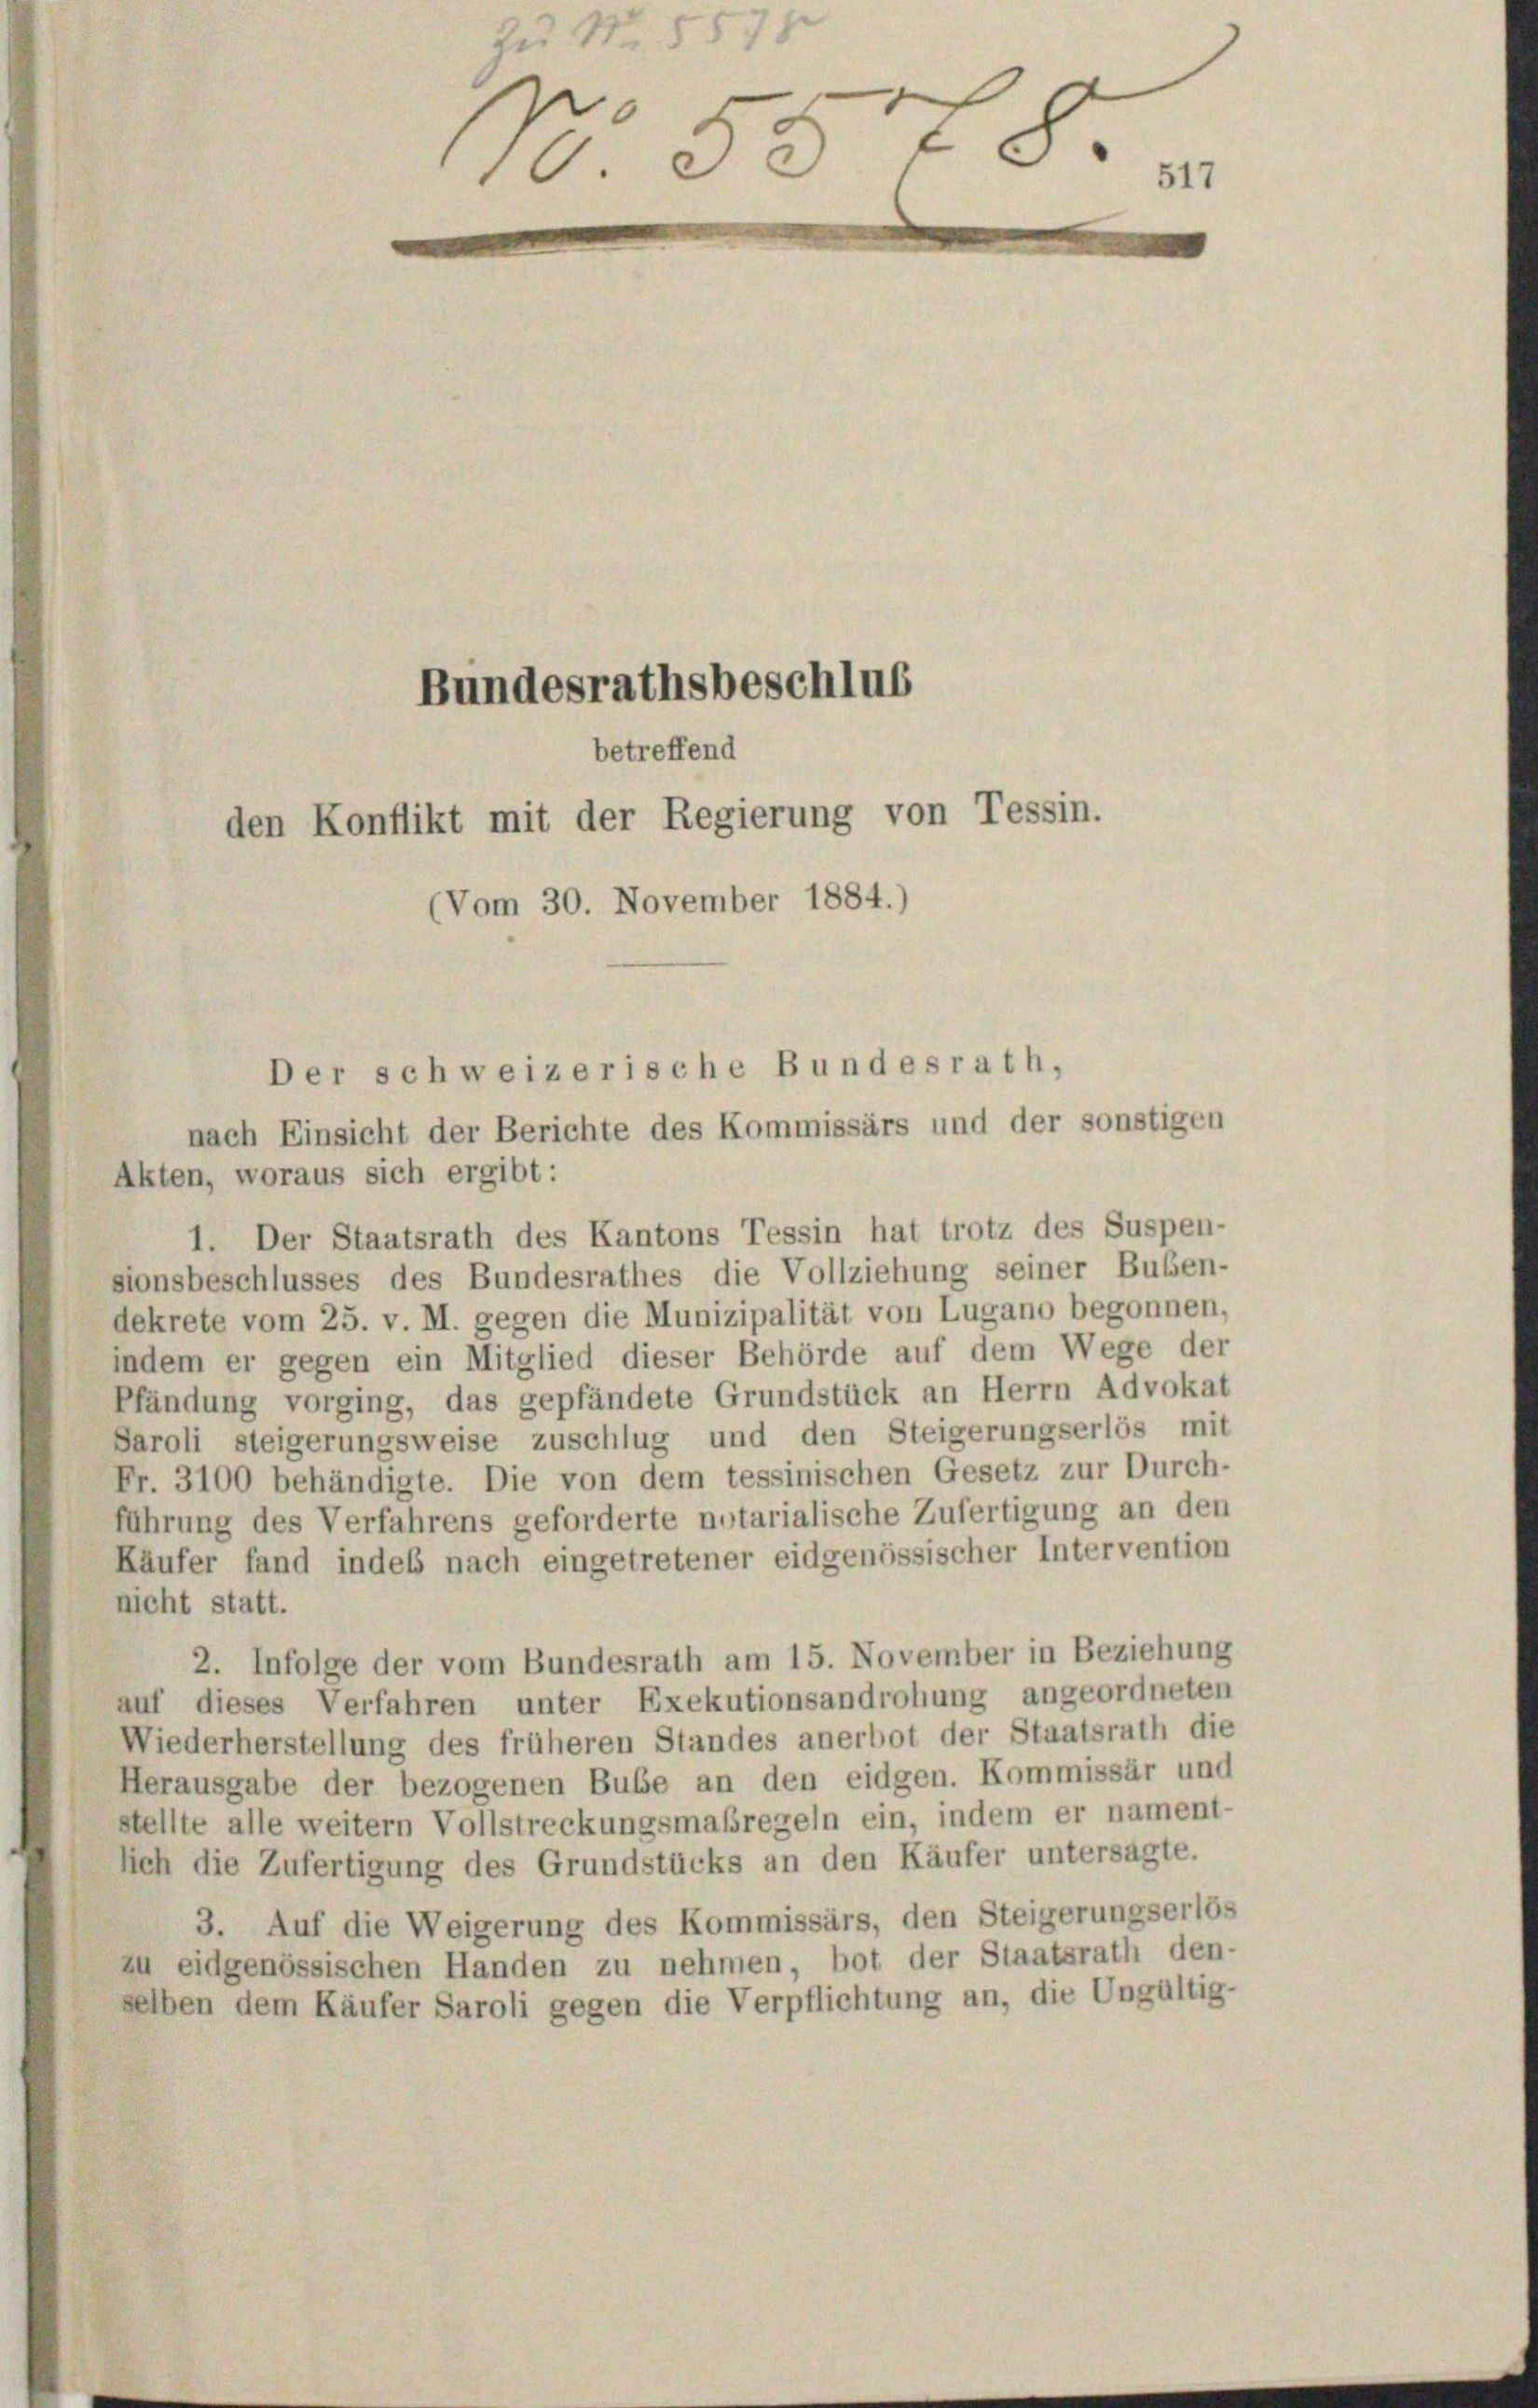
Zu Nr. 557
No. 558.

Bundesrathsbeschlus
betreffend
den Konflikt mit der Regierung von Tessin.
(Vom 30. November 1884.)

Der schweizerische Bundesrath,
nach Einsicht der Berichte des Kommissärs und der sonstigen

Akten, woraus sich ergibt:
1. Der Staatsrath des Kantons Tessin hat trotz des Suspen-
sionsbeschlusses des Bundesrathes die Vollziehung seiner Buben-
dekrete vom 25. v. M. gegen die Munizipalität von Lugano begonnen,
indem er gegen ein Mitglied dieser Behörde auf dem Wege der
Pfändung vorging, das gepfändete Grundstück an Herrn Advokat
Saroli steigerungsweise zuschlug und den Steigerungserlös mit
Fr. 3100 behändigte. Die von dem tessinischen Gesetz zur Durch-
führung des Verfahrens geforderte notarialische Zufertigung an den
Käufer fand indes nach eingetretener eidgenössischer Intervention
nicht statt.
2. Infolge der vom Bundesrath am 15. November in Beziehung
auf dieses Verfahren unter Exekutionsandrohung angeordneten
Wiederherstellung des früheren Standes anerbot der Staatsrath die
Herausgabe der bezogenen Bube an den eidgen. Kommissär und
stellte alle weitern Vollstreckungsmaßregeln ein, indem er nament-
lich die Zufertigung des Grundstücks an den Käufer untersagte.
3. Auf die Weigerung des Kommissärs, den Steigerungserlös
zu eidgenössischen Handen zu nehmen, bot der Staatsrath den-
selben dem Käufer Saroli gegen die Verpflichtung an, die Ungültig-